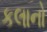
કલાનો